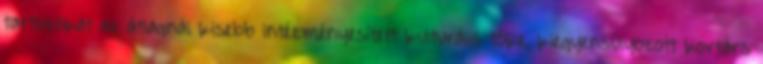
tartozókat az átlagnál kisebb intézményesített kulturális tőke, kiegyensúlyozott kortárs